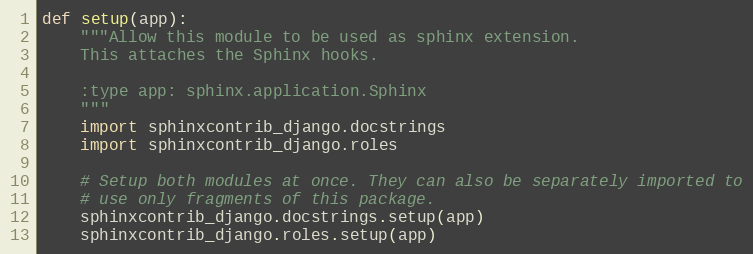
Language: Python
def setup(app):
    """Allow this module to be used as sphinx extension.
    This attaches the Sphinx hooks.

    :type app: sphinx.application.Sphinx
    """
    import sphinxcontrib_django.docstrings
    import sphinxcontrib_django.roles

    # Setup both modules at once. They can also be separately imported to
    # use only fragments of this package.
    sphinxcontrib_django.docstrings.setup(app)
    sphinxcontrib_django.roles.setup(app)